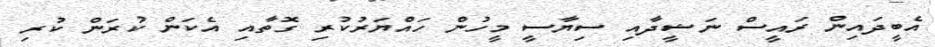
އެބީދައިން ރައީސް ނަޝީދާއި ސިޔާސީ މީހުން ހައްޔަރުކުރި ގޮތާއި އެކަން ކުރަން ކުރި